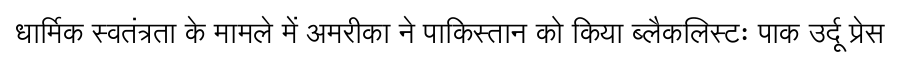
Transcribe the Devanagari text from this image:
धार्मिक स्वतंत्रता के मामले में अमरीका ने पाकिस्तान को किया ब्लैकलिस्टः पाक उर्दू प्रेस